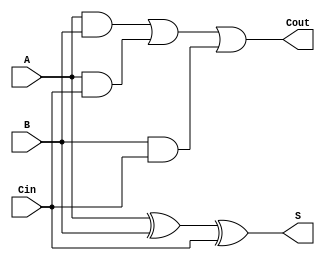
module P1Fa(A,B,Cin,Cout,S);
input A,B,Cin;
output S,Cout;
assign S=(A^B^Cin);
assign Cout=(A&B)|(A&Cin)|(B&Cin);
endmodule